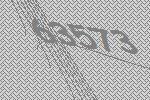
63573